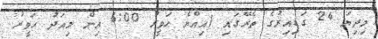
މިދިޔަ 24 ގަޑިއިރުގެ ތެރޭގައި (އިއްޔެ ހަވީރު 6:00 އިން މިއަދު ހަވީރު